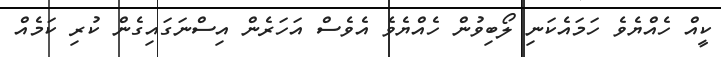
ކީއް ހެއްޔެވެ ހަމައެކަނި ލޯބިވުން ހެއްޔެވެ އެވެސް އަހަރެން އިސްނަގައިގެން ކުރި ކަމެއް